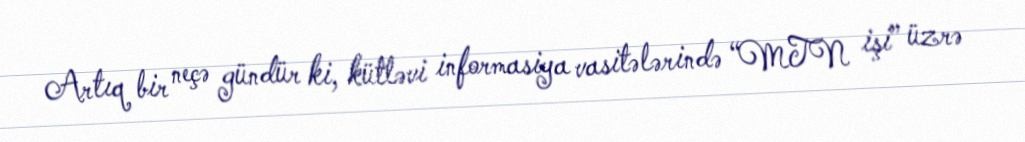
Artıq bir neçə gündür ki, kütləvi informasiya vasitələrində “MTN işi” üzrə